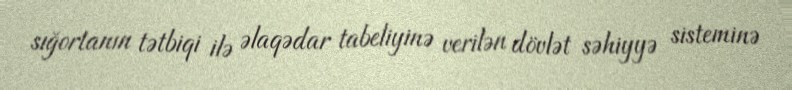
sığortanın tətbiqi ilə əlaqədar tabeliyinə verilən dövlət səhiyyə sisteminə